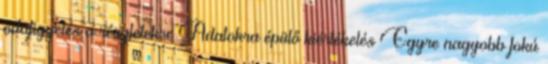
odafigyelés a részletekre Adatokra épülő kiértékelés Egyre nagyobb fokú